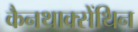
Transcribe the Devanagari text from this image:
कैनथाक्सेंथिन